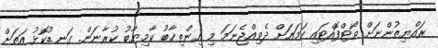
ރައްޔިތުންނަށް ވޯޓްފޮއްޓައި ހަމައަށް ދެވިއްޖެނަމަ މި އިންތިޚާބު ކާމިޔާބު ކުރާނަން. ގަނޑުކޮޅު އަތަށް